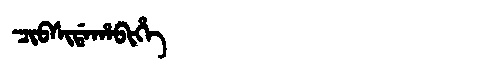
Manchu: ᠴᡳᠪᠰᡳᡩᠠᡥᠠᠪᡳᡥᡝ
Romanization: CIBSIDAHABIHE